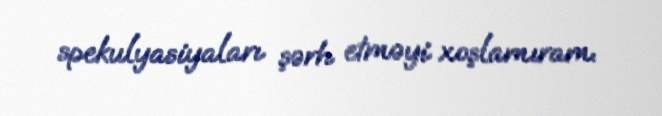
spekulyasiyaları şərh etməyi xoşlamıram.